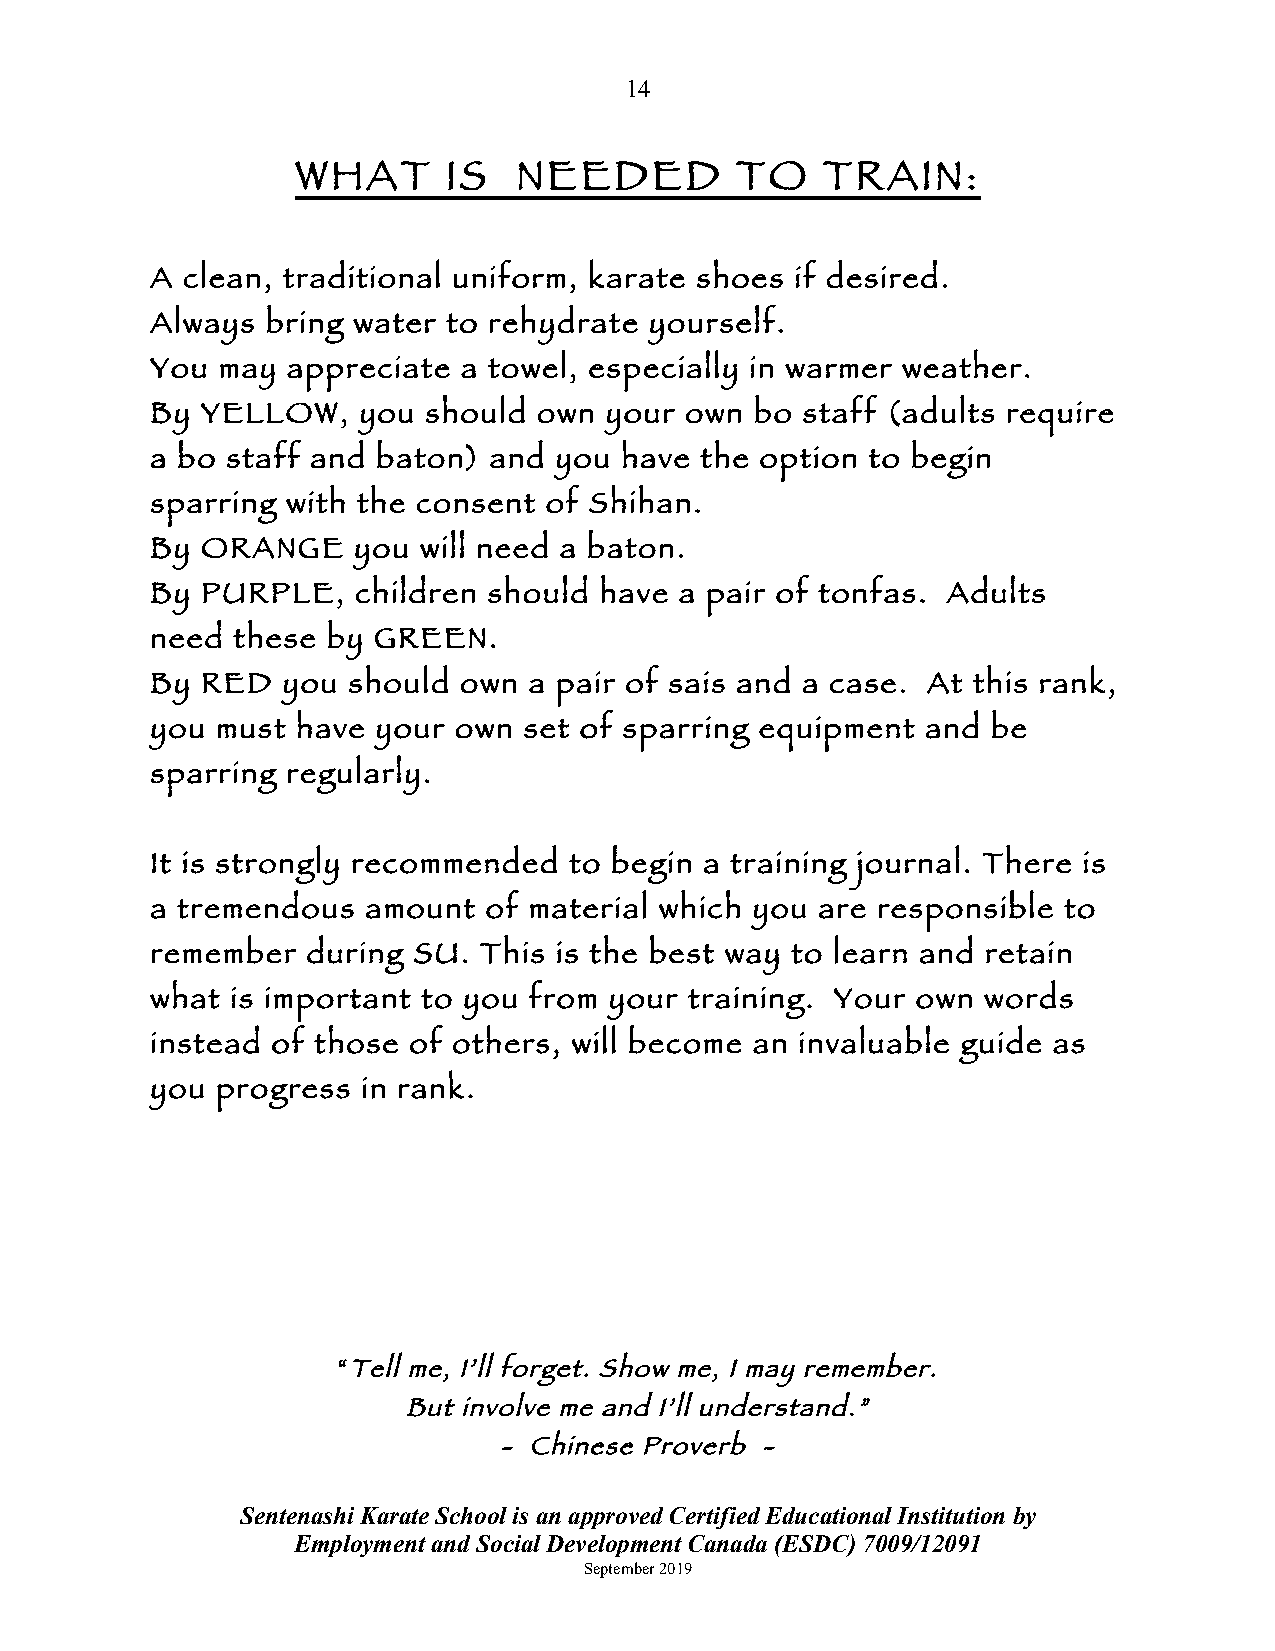
14
 WHAT      IS  NEEDED         TO   TRAIN:
 A clean, traditional uniform, karate shoes if desired.
 Always  bring water to rehydrate yourself.
 You may  appreciate  a towel, especially in warmer weather.
 By YELLOW,    you should  own your own  bo staff (adults require
 a bo staff and baton) and  you have the option  to begin
 sparring with the consent of Shihan.
 By ORANGE    you  will need a baton.
 By PURPLE,    children should have a pair of tonfas. Adults
 need these  by GREEN.
 By RED   you should own  a pair of sais and a case. At this rank,
 you must  have your own  set of sparring equipment and  be
 sparring regularly.
 It is strongly recommended  to begin a training journal. There is
 a tremendous  amount  of material which you are responsible to
 remember  during SU.  This is the best way to learn and retain
 what is important to you from your  training. Your own words
 instead of those of others, will become an invaluable guide as
 you progress  in rank.
 “Tell me, I’ll forget. Show me, I may remember.
 But involve me and I’ll understand.”
 - Chinese Proverb -
 Sentenashi Karate School is an approved Certified Educational Institution by
 Employment and Social Development Canada (ESDC) 7009/12091
 September 2019